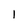
Character: 1